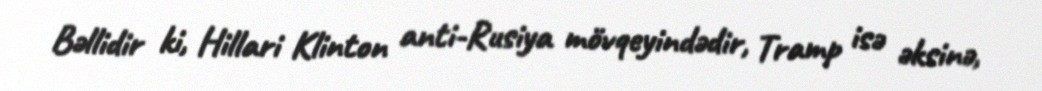
Bəllidir ki, Hillari Klinton anti-Rusiya mövqeyindədir, Tramp isə əksinə,